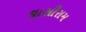
ઘાસીરામ